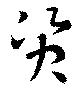
資